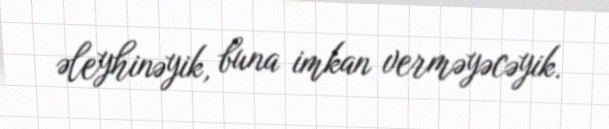
əleyhinəyik, buna imkan verməyəcəyik.